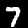
Label: 7